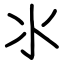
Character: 氺